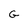
Character: G